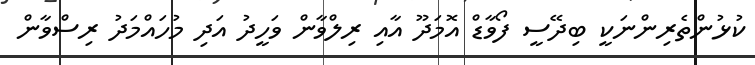
ކުޅުންތެރިންނަކީ ބިދޭސީ ފޯވާޑް އޮމަދޫ އާއި ރިލްވާން ވަހީދު އަދި މުހައްމަދު ރިސްވާން